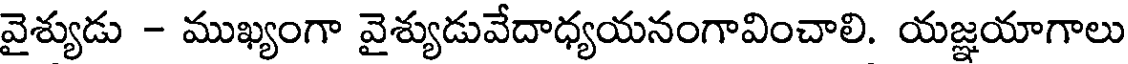
వైశ్యుడు - ముఖ్యంగా వైశ్యుడువేదాధ్యయనంగావించాలి. యజ్ఞయాగాలు